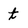
Character: t